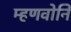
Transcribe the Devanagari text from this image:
म्हणवोनि